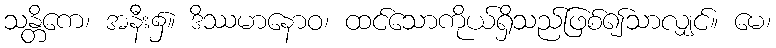
သန္တိကေ၊ အနီး၌။ ဒိဿမာနောဝ၊ ထင်သောကိုယ်ရှိသည်ဖြစ်၍သာလျှင်။ မေ၊